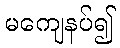
မကျေနပ်၍